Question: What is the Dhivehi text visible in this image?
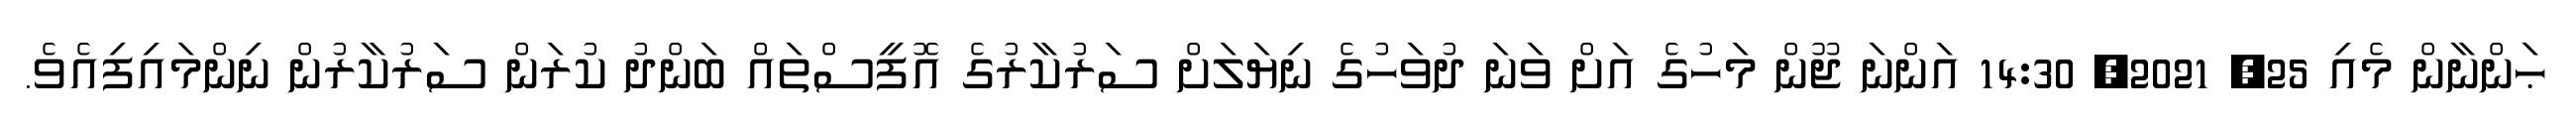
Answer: ޙަންނާން މެއި 25, 2021, 14:30 އަންނަ ޖޫން މަހުގެ އަށް ވަނަ ދުވަހުގެ ނިޔަލަށް ސަރުކާރުގެ އޮފީސްތައް ބަންދު ކުރަން ސަރުކާރުން ނިންމައިފިއެވެ.